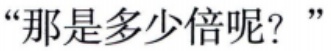
“那是多少倍呢？”“那是多少倍呢？”